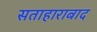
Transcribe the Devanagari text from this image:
सताहाराबाद